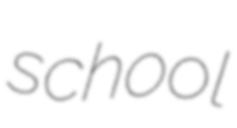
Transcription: school